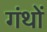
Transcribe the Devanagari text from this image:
गंथों